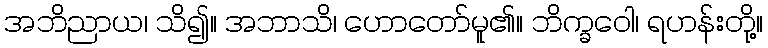
အဘိညာယ၊ သိ၍။ အဘာသိ၊ ဟောတော်မူ၏။ ဘိက္ခဝေါ၊ ရဟန်းတို့။